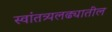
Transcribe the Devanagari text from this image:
स्वांतत्र्यलढ्यातील